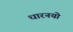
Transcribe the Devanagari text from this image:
धारनयो